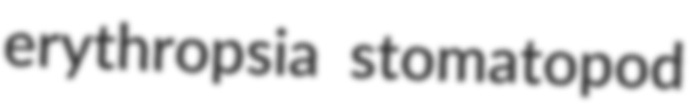
erythropsia stomatopod